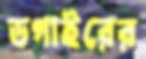
ডগাইরের